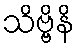
သိဗ္ဗိနိ